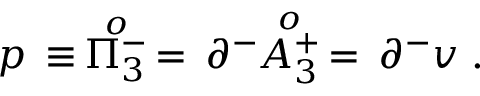
p \, \equiv \, \stackrel { o } { \Pi _ { 3 } ^ { - } } \, = \, \partial ^ { - } \! \! \stackrel { o } { A _ { 3 } ^ { + } } \, = \, \partial ^ { - } v \; .